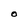
Character: O